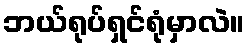
ဘယ်ရုပ်ရှင်ရုံမှာလဲ။